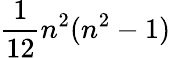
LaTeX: \frac{1}{12}n^{2}(n^{2}-1)